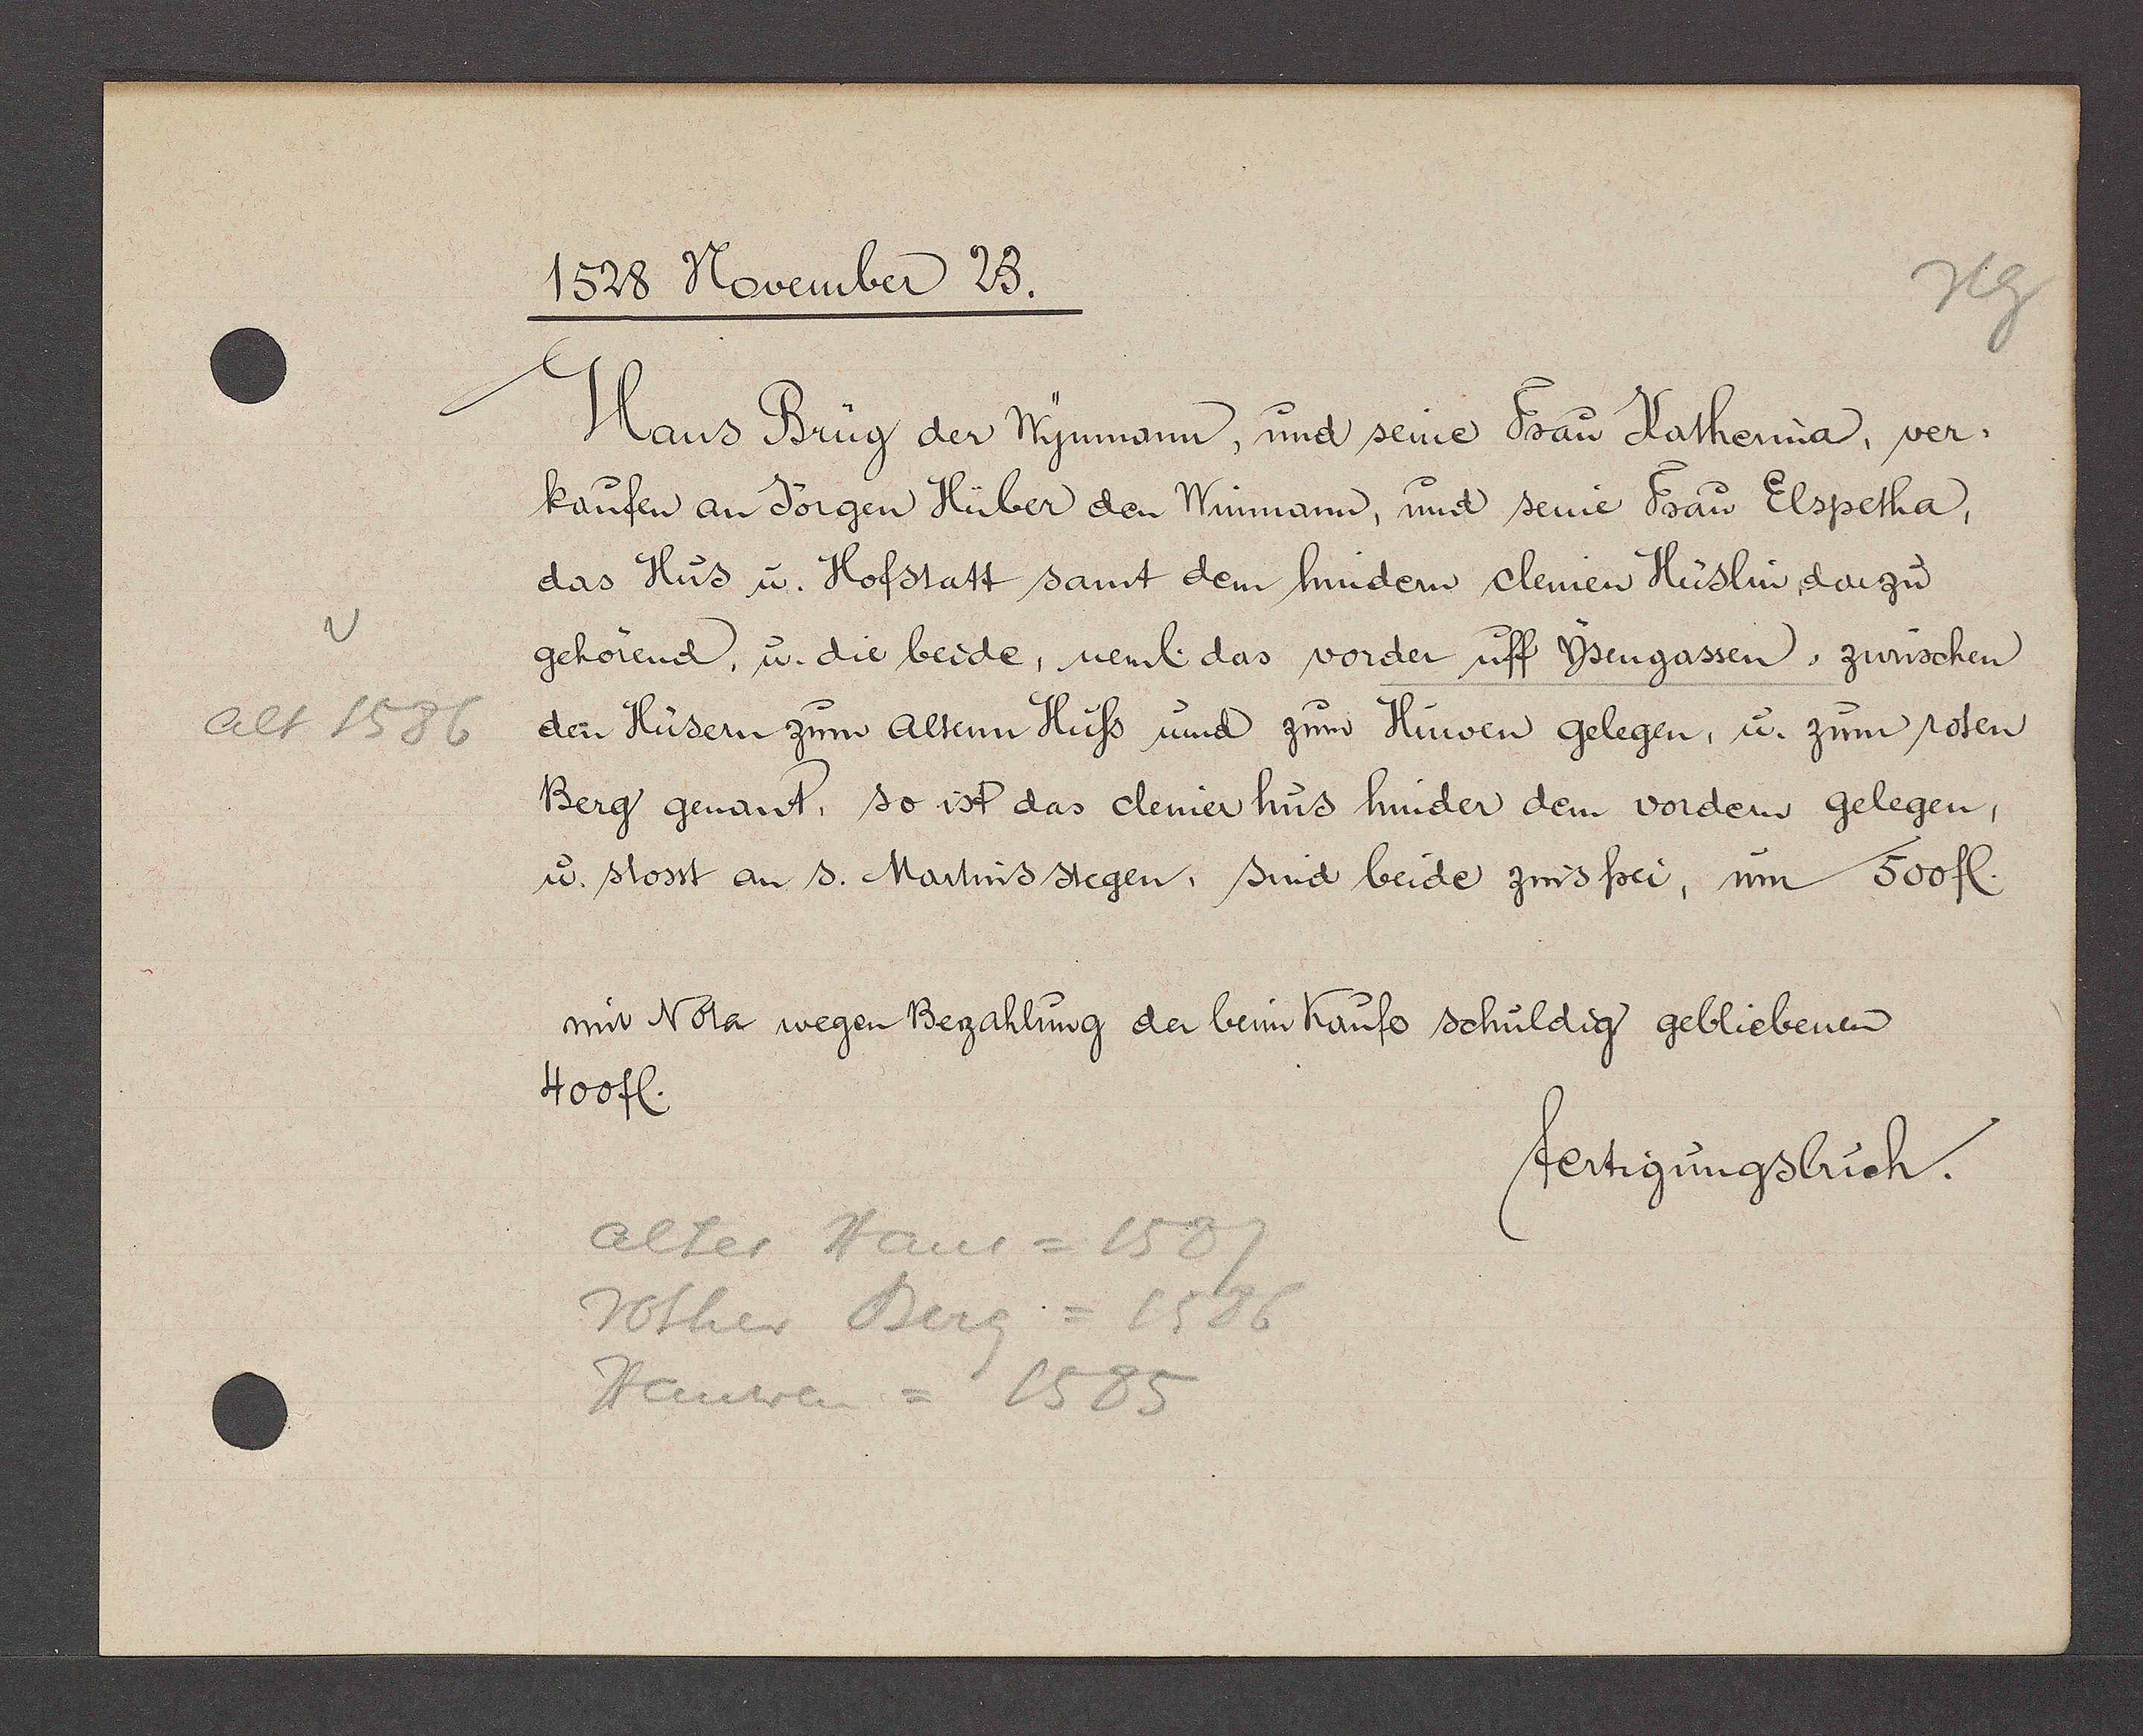
Transcript:
alt 1586

1528 November 23.

Hans Brug der Wynmann, und seine Frau Katherina, ver¬
kaufen an Jörgen Hüber den Winmann, und seine Frau Elspetha,
das Hus u. Hofstatt samt dem hindern clemen Hüslin, darzu
gehörend, u. die beide, neml das vorder uff Ysengassen, zwüschen
den Hüsern zum altenn Huss und zum Huwen gelegen, u. zum roten
Berg genant, so ist das cleiner hus hinder dem vordern gelegen,
u. stosst an s. Martins stegen, sind beide zins frei, um 500 fl.
400 fl.
mit Nota wegen Bezahlung der beim Kaufe schuldig gebliebenen

fertigungsbuch.

altes Haus= 1587
rother Berg = 1586
Hauwen = 1585